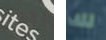
بدي لك